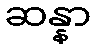
ဆန္နာ